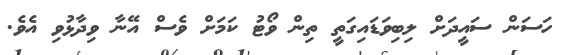
ހަސަން ސައީދަށް ލިބިވަޑައިގަތީ ތިން ވޯޓު ކަމަށް ވެސް އޭނާ ވިދާޅުވި އެވެ.